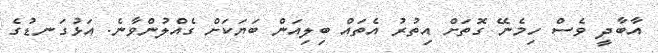
އާބާދީ ވެސް ހިމެނޭ ގޮތަށް އިތުރު އެތައް ބިލިއަން ބަޔަކަށް ގެއްލުންވާނެ. އަޅުގަނޑުގެ